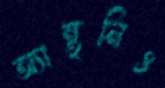
অ্যান্থনিও